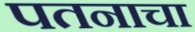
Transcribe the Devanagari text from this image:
पतनाचा